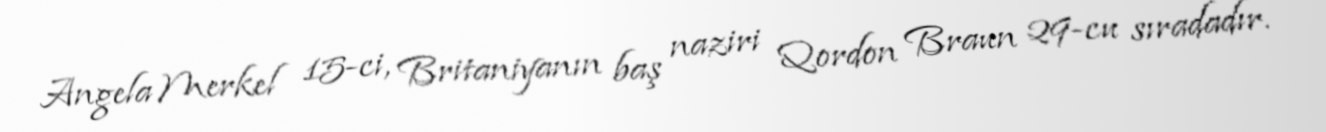
Angela Merkel 15-ci, Britaniyanın baş naziri Qordon Braun 29-cu sıradadır.